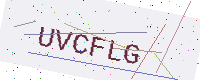
Text: UVCFLG